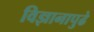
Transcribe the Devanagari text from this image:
विज्ञानापुढे